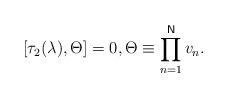
LaTeX: \begin{align*}\lbrack \tau _{2}(\lambda ),\Theta ]=0,\Theta \equiv\prod_{n=1}^{\mathsf{N}}v_{n}.\end{align*}